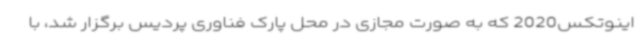
اینوتکس2020 که به صورت مجازی در محل پارک فناوری پردیس برگزار شد، با